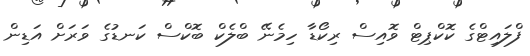
ފްލައިޓްގެ ކޮކްޕިޓް ވޮއިސް ރިކޯޑާ ހިމެނޭ ބްލެކް ބޮކްސް ކަނޑުގެ ވަރަށް އަޑިން